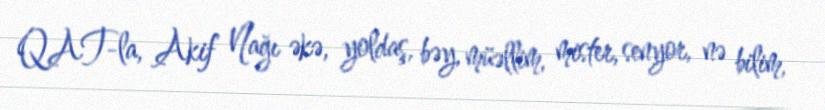
QAT-la, Akif Nağı əkə, yoldaş, bəy, müəllim, mister, senyor, nə bilim,